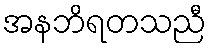
အနဘိရတသညီ